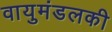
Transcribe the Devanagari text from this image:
वायुमंडलकी